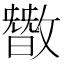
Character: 𪯘